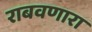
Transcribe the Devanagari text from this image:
राबवणारा